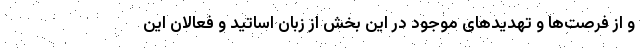
و از فرصت‌ها و تهدیدهای موجود در این بخش از زبان اساتید و فعالان این